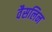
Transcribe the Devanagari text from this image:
वैसलिन